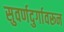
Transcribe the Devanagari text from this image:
सुवर्णदुर्गावरून